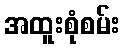
အထူးစုံစမ်း